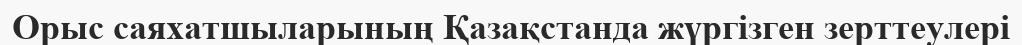
Орыс саяхатшыларының Қазақстанда жүргізген зерттеулері